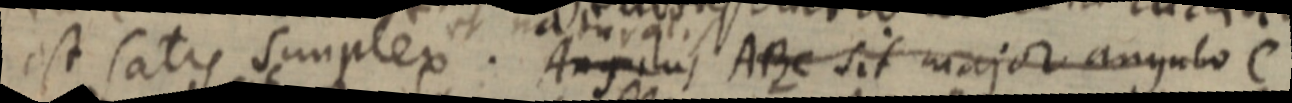
est satis simplex. Angulus ABC sit major angulo C